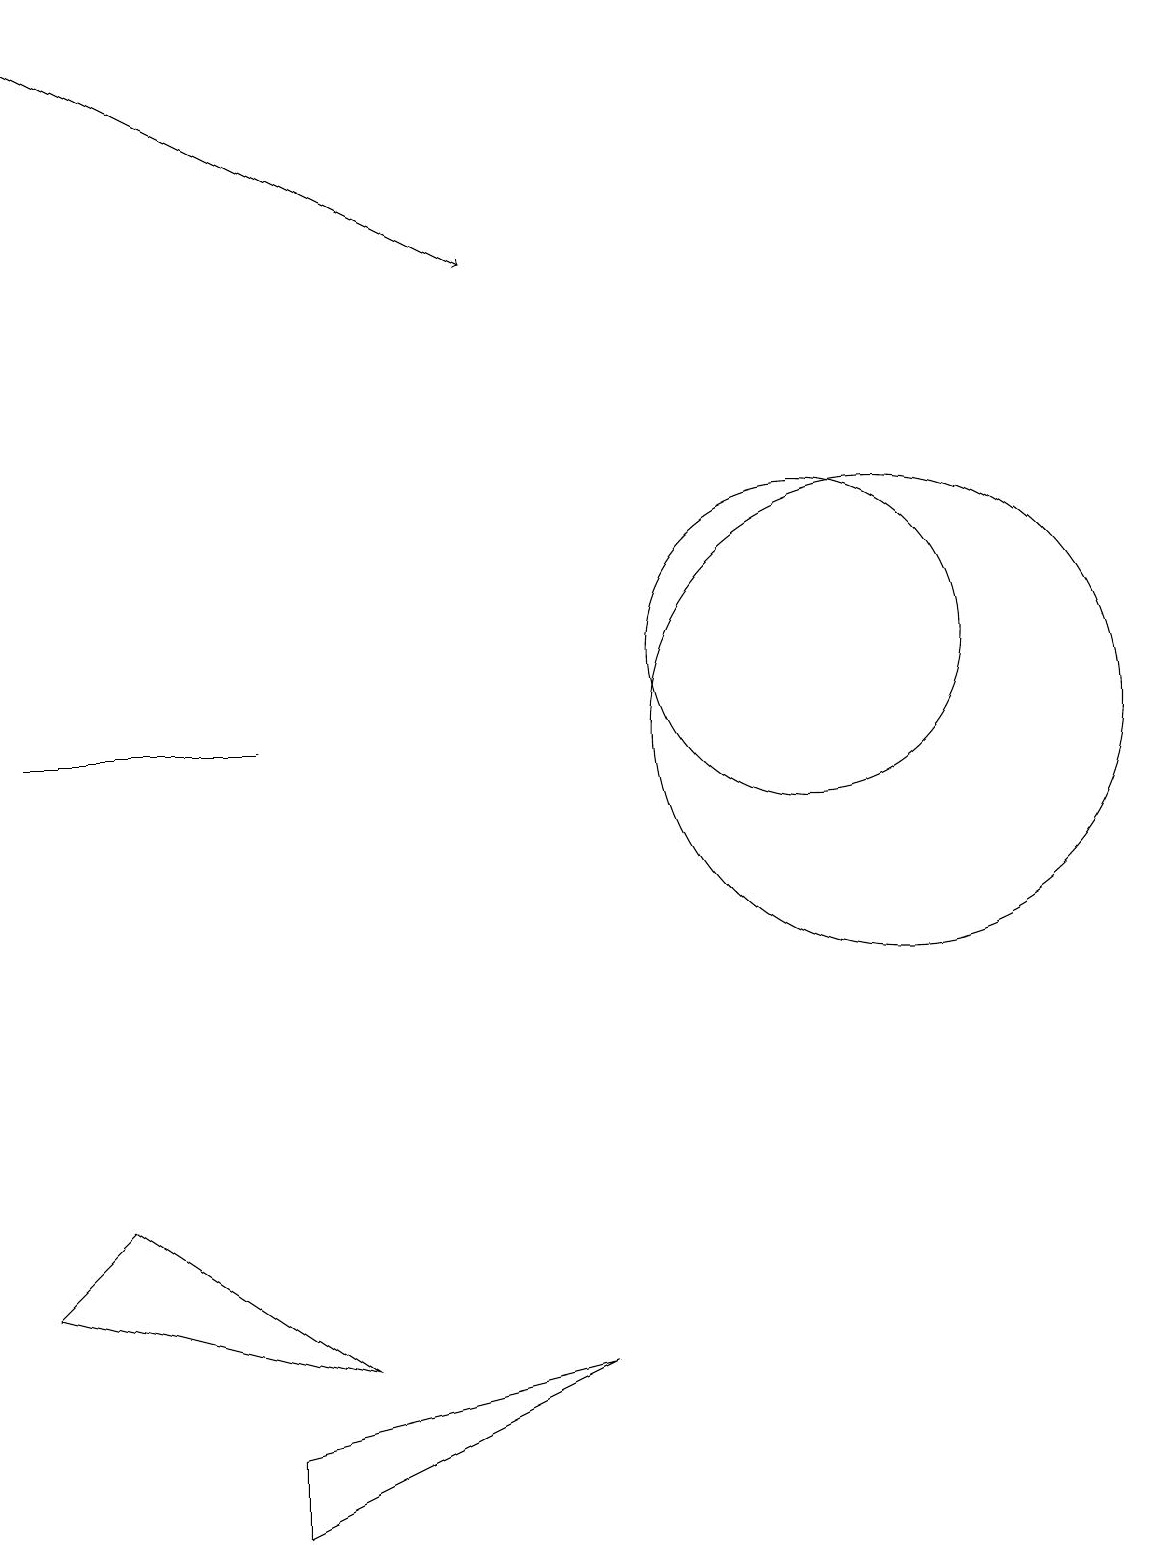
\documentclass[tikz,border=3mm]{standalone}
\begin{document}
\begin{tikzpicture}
\draw (12,10) circle (3);
\draw (11,11) circle (2);
\draw[->] (1,19) -- (7,16);
\draw (4,1) -- (8,2) -- (4,0) -- cycle;
\draw (1,10) rectangle (4,10);
\draw (1,3) -- (5,2) -- (2,4) -- cycle;
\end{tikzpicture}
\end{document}